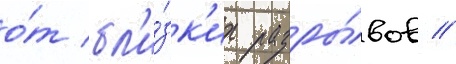
о́т бл'и́зк'их разры́вов //